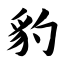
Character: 豹